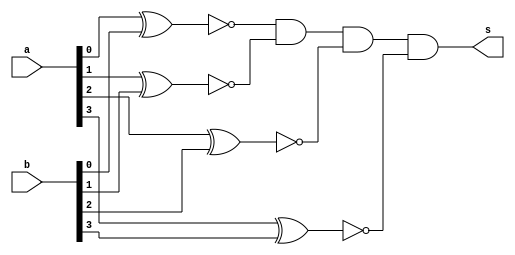
// ------------------------- 
// Exemplo0023 - igual 
// Nome: Luhan Mairinck 
// ------------------------- 
// ------------------------- 
// igual_gate 
// ------------------------- 
module igual (output  s,
input  [3:0] a, 
input  [3:0] b);

wire [3:0] x;

xnor XNOR1(x[0],a[0],b[0]);
xnor XNOR2(x[1],a[1],b[1]);
xnor XNOR3(x[2],a[2],b[2]);
xnor XNOR4(x[3],a[3],b[3]);
and AND1(s,x[0],x[1],x[2],x[3]);

endmodule//igual

module test_igual; 
// ------------------------- definir dados 
reg [3:0] y,z;  
wire g;
igual modulo1 (g,y,z);
// ------------------------- parte principal 
initial begin 
$display("Exemplo0023 - Luhan Mairinck - 446987"); 
$display("Test LU's module"); 
y = 4'b0000; z = 4'b0000;
// projetar testes do modulo 
#1 $monitor("%3b %3b = %3b ",y,z,g);
#1 y = 4'b0001; z = 4'b0000;
#1 y = 4'b0001; z = 4'b0001;
#1 y = 4'b0010; z = 4'b0001;
#1 y = 4'b0010; z = 4'b0010;
#1 y = 4'b0011; z = 4'b0010;
#1 y = 4'b0011; z = 4'b0011;
#1 y = 4'b0100; z = 4'b0011;
#1 y = 4'b0100; z = 4'b0100;
#1 y = 4'b0101; z = 4'b0100;
#1 y = 4'b0101; z = 4'b0101;
#1 y = 4'b0110; z = 4'b0101;
#1 y = 4'b0110; z = 4'b0110;
#1 y = 4'b0111; z = 4'b0110;
#1 y = 4'b0111; z = 4'b0111;
#1 y = 4'b1000; z = 4'b0111;
#1 y = 4'b1000; z = 4'b1000;
#1 y = 4'b1001; z = 4'b1000;
#1 y = 4'b1001; z = 4'b1001;
#1 y = 4'b1010; z = 4'b1001;
#1 y = 4'b1010; z = 4'b1010;
#1 y = 4'b1011; z = 4'b1010;
#1 y = 4'b1011; z = 4'b1011;
#1 y = 4'b1100; z = 4'b1011;
#1 y = 4'b1100; z = 4'b1100;
#1 y = 4'b1101; z = 4'b1100;
#1 y = 4'b1101; z = 4'b1101;
#1 y = 4'b1110; z = 4'b1101;
#1 y = 4'b1110; z = 4'b1110;
#1 y = 4'b1111; z = 4'b1110;
#1 y = 4'b1111; z = 4'b1111;

end 
endmodule // test_igual